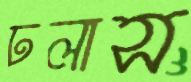
ঢলাস